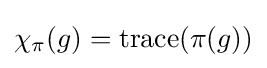
\chi _{\pi }(g)=\operatorname {trace} (\pi (g))